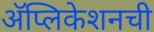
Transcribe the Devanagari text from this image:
अॅप्लिकेशनची